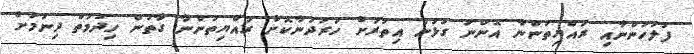
ފުލުހުންނާއި ރައްޔިތުންނާ އޮންނަ ގުޅުން އިތުރަށް ހަރުދަނާކޮށް ރައްޔިތުންނާ ގާތުން ހިދުމަތް ދިނުމަށް